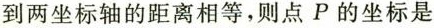
到两坐标轴的距离相等，则点P的坐标是